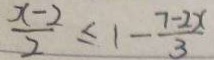
\frac { x - 2 } { 2 } \leq 1 - \frac { 7 - 2 x } { 3 }